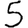
Digit: 5